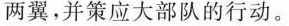
两翼，并策应大部队的行动。